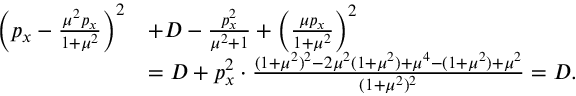
\begin{array} { r l } { \left( p _ { x } - \frac { \mu ^ { 2 } p _ { x } } { 1 + \mu ^ { 2 } } \right) ^ { 2 } } & { + D - \frac { p _ { x } ^ { 2 } } { \mu ^ { 2 } + 1 } + \left( \frac { \mu p _ { x } } { 1 + \mu ^ { 2 } } \right) ^ { 2 } } \\ & { = D + p _ { x } ^ { 2 } \cdot \frac { ( 1 + \mu ^ { 2 } ) ^ { 2 } - 2 \mu ^ { 2 } ( 1 + \mu ^ { 2 } ) + \mu ^ { 4 } - ( 1 + \mu ^ { 2 } ) + \mu ^ { 2 } } { ( 1 + \mu ^ { 2 } ) ^ { 2 } } = D . } \end{array}